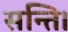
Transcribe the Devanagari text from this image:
सन्ति।